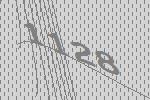
1128